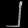
Digit: ၂